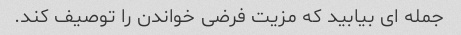
جمله ای بیابید که مزیت فرضی خواندن را توصیف کند.